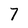
Character: 7